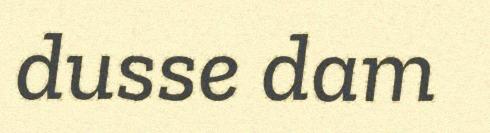
dusse dam